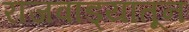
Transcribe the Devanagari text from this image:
राजवाड्यातून